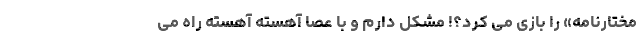
مختارنامه» را بازی می کرد؟! مشکل دارم و با عصا آهسته آهسته راه می